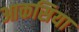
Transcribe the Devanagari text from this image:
आकसिया